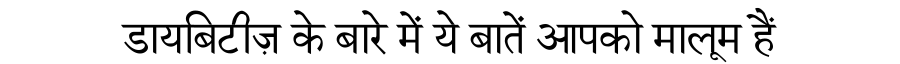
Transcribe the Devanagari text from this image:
डायबिटीज़ के बारे में ये बातें आपको मालूम हैं